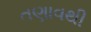
તણાવથી